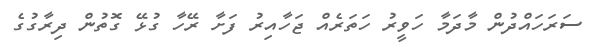
ސަރަހައްދުން މާދަމާ ހަވީރު ހަތަރެއް ޖަހާއިރު ފަށާ ރޭހާ ގުޅޭ ގޮތުން ދިރާގުގެ